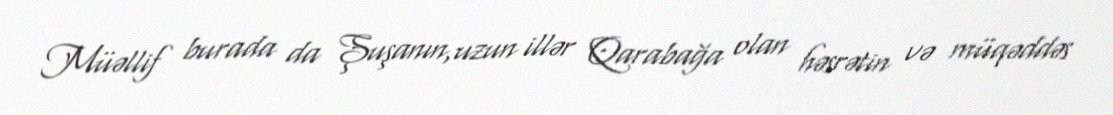
Müəllif burada da Şuşanın,uzun illər Qarabağa olan həsrətin və müqəddəs